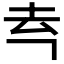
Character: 𪢳